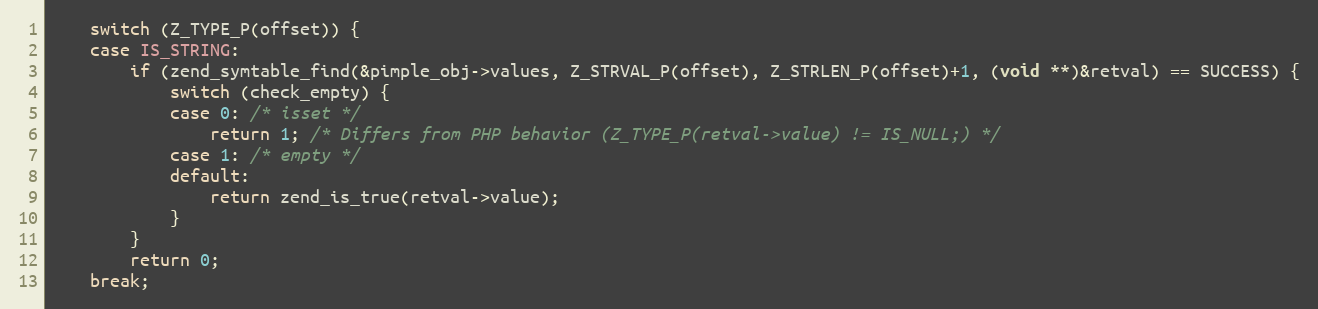
Language: C
	switch (Z_TYPE_P(offset)) {
	case IS_STRING:
		if (zend_symtable_find(&pimple_obj->values, Z_STRVAL_P(offset), Z_STRLEN_P(offset)+1, (void **)&retval) == SUCCESS) {
			switch (check_empty) {
			case 0: /* isset */
				return 1; /* Differs from PHP behavior (Z_TYPE_P(retval->value) != IS_NULL;) */
			case 1: /* empty */
			default:
				return zend_is_true(retval->value);
			}
		}
		return 0;
	break;